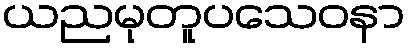
ယညမုတူပသေဝနာ